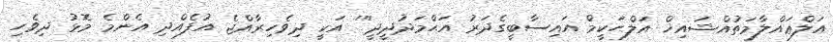
އަލްޢައްލާމަތުއްޝައިޚް އަލްޙަކީމް އައިސާބީގެދަރު އަޙްމަދުދީދީ''' އަކީ ދިވެހިރާއްޖެ އުފެއްދި އެންމެ މޮޅު ދިވެހި